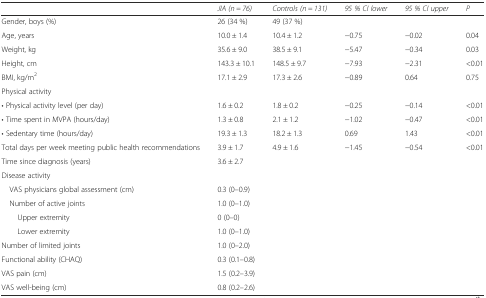
|  | JIA (n = 76) | Controls (n = 131) | 95 % CI lower | 95 % CI upper | P |
 | --- | --- | --- | --- | --- | --- |
 | Gender, boys (%) | 26 (34 %) | 49 (37 %) |  |  |  |
 | Age, years | 10.0 ± 1.4 | 10.4 ± 1.2 | −0.75 | −0.02 | 0.04 |
 | Weight, kg | 35.6 ± 9.0 | 38.5 ± 9.1 | −5.47 | −0.34 | 0.03 |
 | Height, cm | 143.3 ± 10.1 | 148.5 ± 9.7 | −7.93 | −2.31 | <0.01 |
 | BMI, kg/m2 | 17.1 ± 2.9 | 17.3 ± 2.6 | −0.89 | 0.64 | 0.75 |
 | Physical activity |  |  |  |  |  |
 | • Physical activity level (per day) | 1.6 ± 0.2 | 1.8 ± 0.2 | −0.25 | −0.14 | <0.01 |
 | • Time spent in MVPA (hours/day) | 1.3 ± 0.8 | 2.1 ± 1.2 | −1.02 | −0.47 | <0.01 |
 | • Sedentary time (hours/day) | 19.3 ± 1.3 | 18.2 ± 1.3 | 0.69 | 1.43 | <0.01 |
 | Total days per week meeting public health recommendations | 3.9 ± 1.7 | 4.9 ± 1.6 | −1.45 | −0.54 | <0.01 |
 | Time since diagnosis (years) | 3.6 ± 2.7 |  |  |  |  |
 | Disease activity |  |  |  |  |  |
 | VAS physicians global assessment (cm) | 0.3 (0–0.9) |  |  |  |  |
 | Number of active joints | 1.0 (0–1.0) |  |  |  |  |
 | Upper extremity | 0 (0–0) |  |  |  |  |
 | Lower extremity | 1.0 (0–1.0) |  |  |  |  |
 | Number of limited joints | 1.0 (0–2.0) |  |  |  |  |
 | Functional ability (CHAQ) | 0.3 (0.1–0.8) |  |  |  |  |
 | VAS pain (cm) | 1.5 (0.2–3.9) |  |  |  |  |
 | VAS well-being (cm) | 0.8 (0.2–2.6) |  |  |  |  |